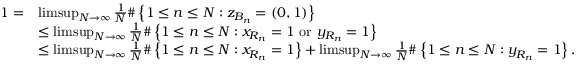
\begin{array} { r l } { 1 = } & { \operatorname* { l i m s u p } _ { N \to \infty } \frac { 1 } { N } \# \left\{ 1 \leq n \leq N : z _ { B _ { n } } = ( 0 , 1 ) \right\} } \\ & { \leq \operatorname* { l i m s u p } _ { N \to \infty } \frac { 1 } { N } \# \left\{ 1 \leq n \leq N : x _ { R _ { n } } = 1 \mathrm { ~ o r ~ } y _ { R _ { n } } = 1 \right\} } \\ & { \leq \operatorname* { l i m s u p } _ { N \to \infty } \frac { 1 } { N } \# \left\{ 1 \leq n \leq N : x _ { R _ { n } } = 1 \right\} + \operatorname* { l i m s u p } _ { N \to \infty } \frac { 1 } { N } \# \left\{ 1 \leq n \leq N : y _ { R _ { n } } = 1 \right\} . } \end{array}